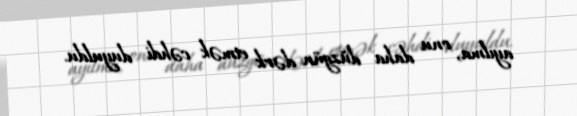
ayılma, onu daha düzgün dərk etmək cəhdi duyuldu.